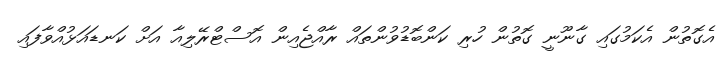
އެގޮތުން އެކަމުގައި ގާނޫނީ ގޮތުން ހުރި ކަންބޮޑުވުންތައް ރާއްޖެއިން އޮސްޓްރޭލިއާ އަށް ކަނޑައަޅުއްވާފައި